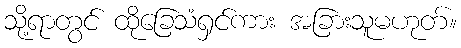
သို့ရာတွင် ထိုခြေသံရှင်ကား အခြားသူမဟုတ်။